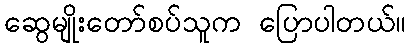
ဆွေမျိုးတော်စပ်သူက ပြောပါတယ်။